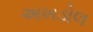
અખડોલ